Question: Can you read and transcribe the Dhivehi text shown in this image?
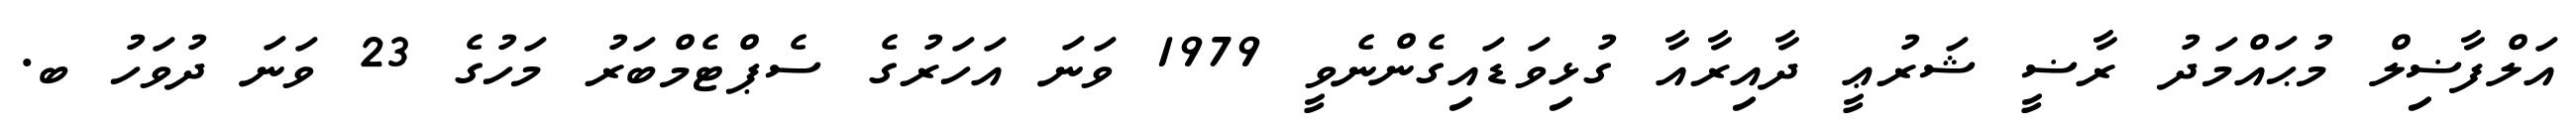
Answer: އަލްފާޟިލް މުޙައްމަދު ރާޟީ ޝަރުޢީ ދާއިރާއާ ގުޅިވަޑައިގެންނެވީ 1979 ވަނަ އަހަރުގެ ސެޕްޓެމްބަރު މަހުގެ 23 ވަނަ ދުވަހު ބ.